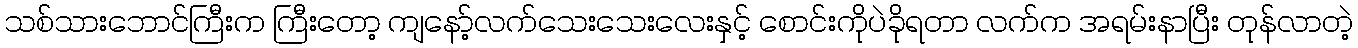
သစ်သားဘောင်ကြီးက ကြီးတော့ ကျနော့်လက်သေးသေးလေးနှင့် စောင်းကိုပဲခိုရတာ လက်က အရမ်းနာပြီး တုန်လာတဲ့